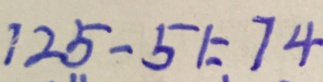
1 2 5 - 5 1 = 7 4